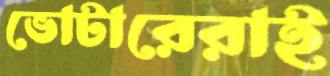
ভোটারেরাই